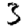
Digit: 3